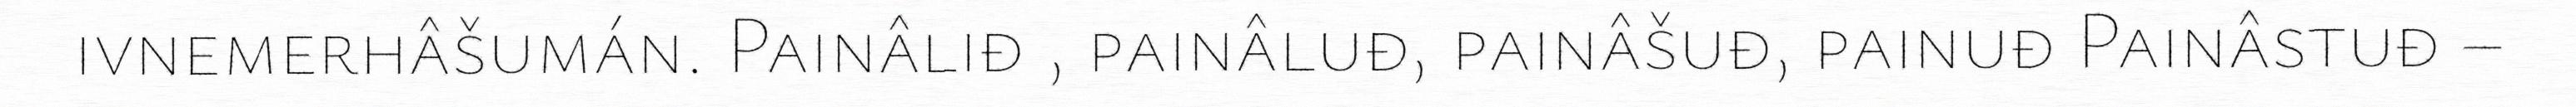
ivnemerhâšumán. Painâliđ , painâluđ, painâšuđ, painuđ Painâstuđ –